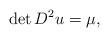
LaTeX: \begin{align*}\det D^{2} u =\mu,\end{align*}